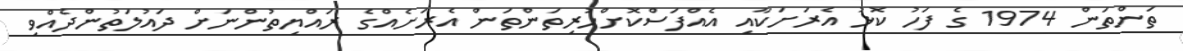
ތަންތަން 1974 ގެ ފަހު ކޮޅު އެރަށަކާއި އެއްފަސްކޮށްހުރިތަންތަން އެރަށެއްގެ ރައްޔިތުންނަށް ދައުލަތުންދެއްވި